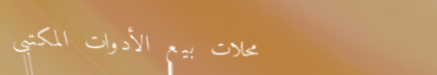
محلات بيع الأدوات المكتبي